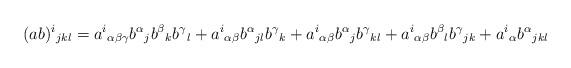
LaTeX: \begin{align*}(ab)^i{}_{jkl}&=a^i{}_{\alpha\beta\gamma}b^\alpha{}_jb^\beta{}_kb^\gamma{}_l+a^i{}_{\alpha\beta}b^\alpha{}_{jl}b^\gamma{}_k+a^i{}_{\alpha\beta}b^\alpha{}_jb^\gamma{}_{kl}+a^i{}_{\alpha\beta}b^\beta{}_lb^\gamma{}_{jk}+a^i{}_\alpha b^\alpha{}_{jkl}\end{align*}